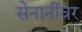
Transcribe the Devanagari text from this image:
सेनानींवर